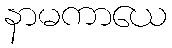
နာမကာယေ